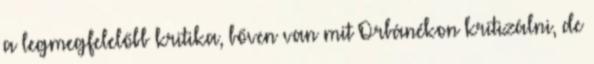
a legmegfelelőbb kritika, bőven van mit Orbánékon kritizálni, de